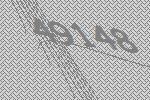
49148